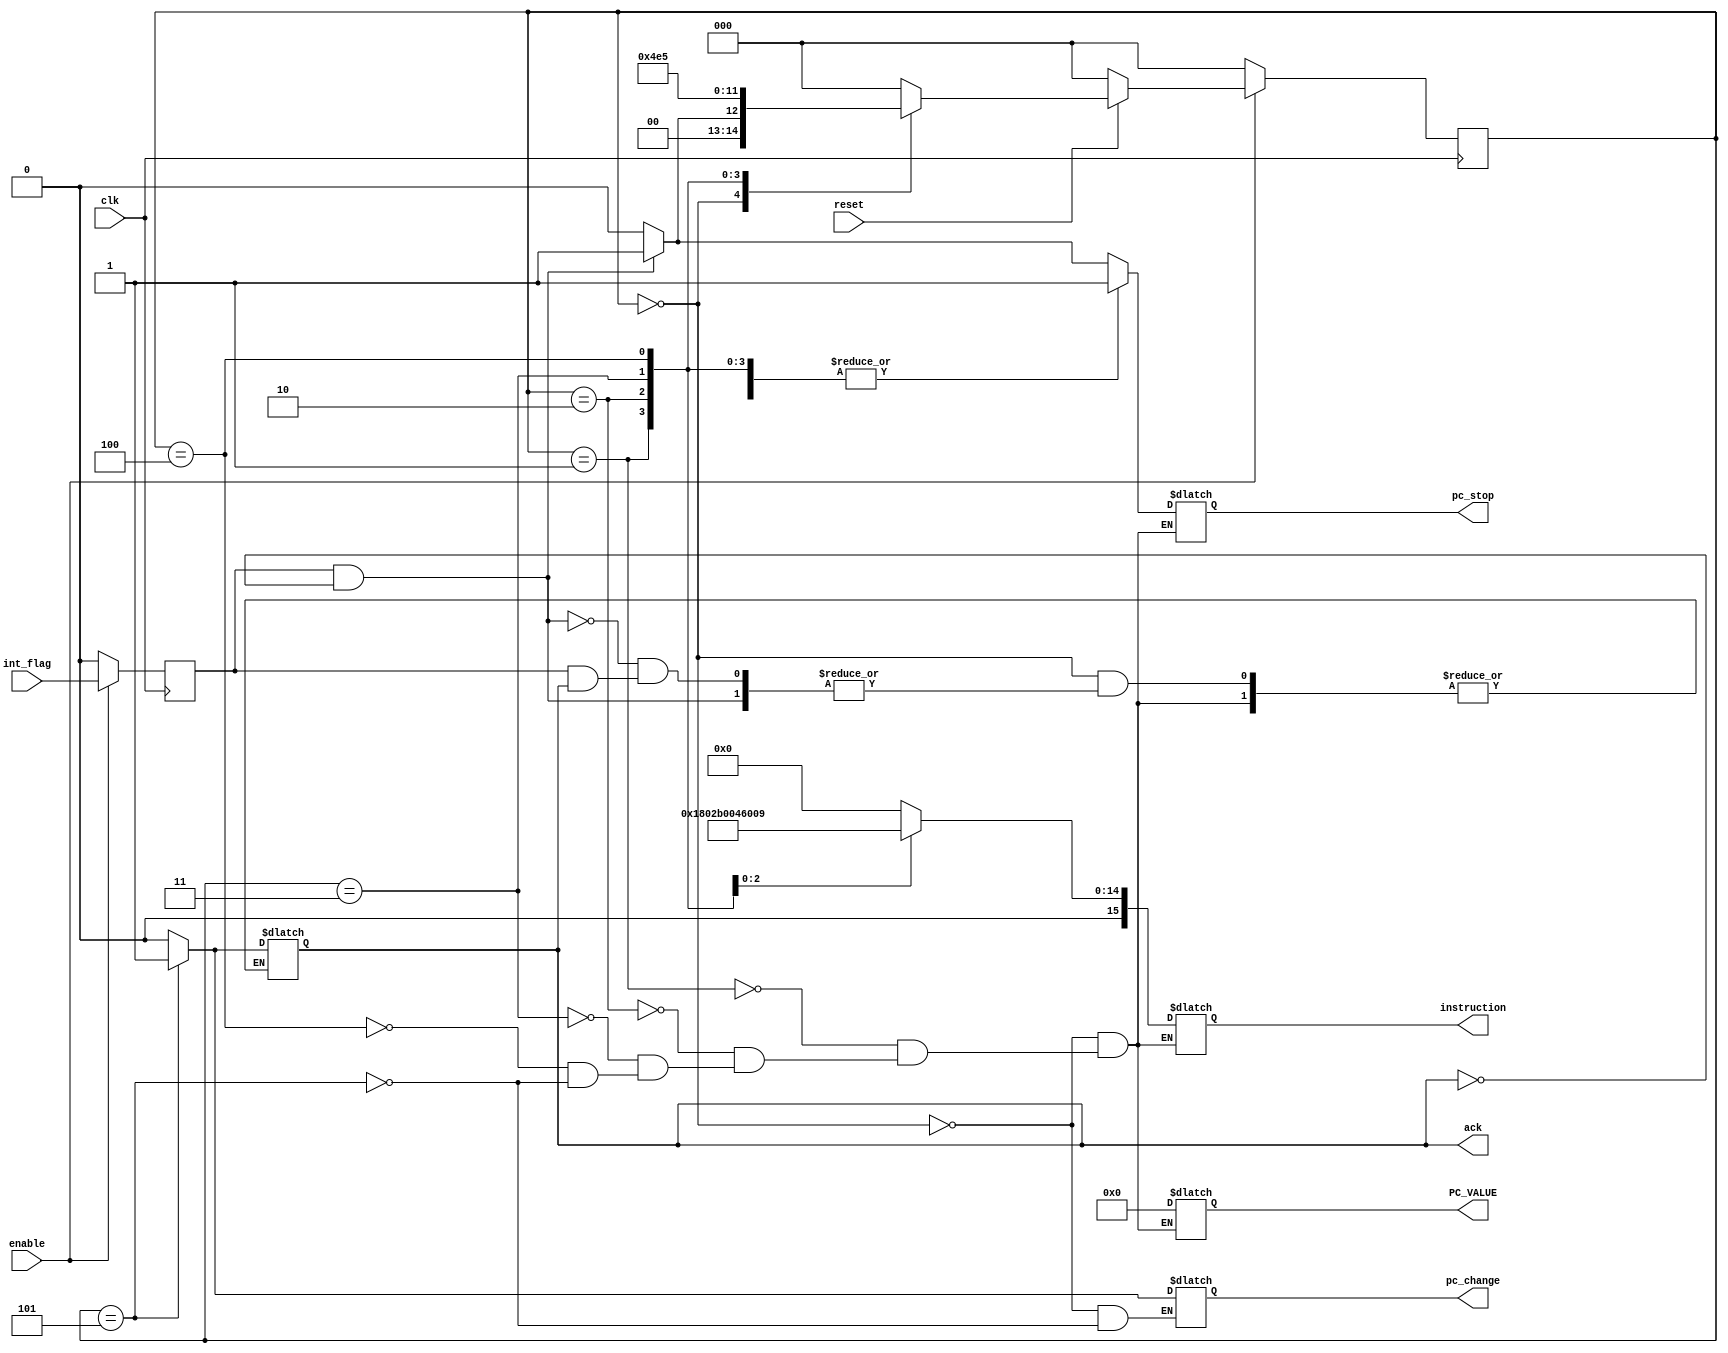
module ICU(int_flag, ack, pc_stop, instruction, PC_VALUE, clk, enable, reset, pc_change);

localparam NUM_STATES = 6;

localparam IDLE_STATE = 3'd0;
localparam STALL_1_STATE = 3'd1;
localparam PUSH_CCR_STATE = 3'd2;
localparam PUSH_PCL_STATE = 3'd3;
localparam PUSH_PCH_STATE = 3'd4;
localparam PC_CHANGE_STATE = 3'd5;

localparam NOP_OP = 16'b0000000000000000;
localparam PUSH_CCR_OP = 16'b0110000000001010;
localparam PUSH_PCL_OP = 16'b0110000000001000;
localparam PUSH_PCH_OP = 16'b0110000000001001;

input int_flag;
output reg ack;
output reg pc_stop;
output reg [15:0] instruction;
output reg [31:0] PC_VALUE;
output reg pc_change;

input clk, enable, reset;

reg int_flag_signal;

reg [2:0] state_reg;
reg [2:0] state_next;

/* [TODO] The user must clear the interrupt flag once the ack is fired! */

always @(posedge clk)
    begin
        if (enable == 1)
            begin
                int_flag_signal <= int_flag;

                if (reset == 0)
                    begin
                        state_reg <= IDLE_STATE;
                    end
                else
                    begin
                        state_reg <= state_next;
                    end
            end
        else
            begin
                state_reg <= IDLE_STATE;
                int_flag_signal <= 0;
            end        
    end

always @(state_reg, int_flag_signal)
    begin
        case (state_reg)
            IDLE_STATE:
                begin
                    pc_stop <= 1'b0;
                    instruction <= NOP_OP;
                    PC_VALUE <= 32'bz;
                    pc_change <= 0;

                    if ((int_flag_signal == 1) && (ack == 0))       /* This is a new interrupt! */
                        begin
                            pc_stop <= 1;
                            state_next <= STALL_1_STATE;
                        end
                    else if ((int_flag_signal == 1) && (ack == 1))  /* The user doesn't konw that ICU has already handled his interrupt! */
                        begin
                            state_next <= IDLE_STATE;
                        end
                    else /* The user realized that the interrupt is handled! */
                        begin
                            ack <= 0;
                            state_next <= IDLE_STATE;
                        end
                end
            STALL_1_STATE:
                begin
                    /* I need one pc_stop until last instruction write back the last update of CCR */
                    ack <= 0;
                    pc_stop <= 1;
                    instruction <= NOP_OP;
                    PC_VALUE <= 32'bz;
                    state_next <= PUSH_CCR_STATE;
                end
            PUSH_CCR_STATE:
                begin
                    ack <= 0;
                    pc_stop <= 1;
                    instruction <= PUSH_CCR_OP;
                    PC_VALUE <= 32'bz;
                    state_next <= PUSH_PCL_STATE;
                end
            PUSH_PCL_STATE:
                begin
                    ack <= 0;
                    pc_stop <= 1;
                    instruction <= PUSH_PCL_OP;
                    PC_VALUE <= 32'bz;
                    state_next <= PUSH_PCH_STATE;
                end
            PUSH_PCH_STATE:
                begin
                    ack <= 0;
                    pc_stop <= 1;
                    instruction <= PUSH_PCH_OP;
                    PC_VALUE <= 32'bz;
                    state_next <= PC_CHANGE_STATE;
                end
            PC_CHANGE_STATE:
                begin
                    ack <= 1;
                    pc_stop <= 1;
                    instruction <= NOP_OP;
                    PC_VALUE <= 32'b0;
                    state_next <= IDLE_STATE;
                    pc_change <= 1;
                end
            default:
                begin
                    state_next <= IDLE_STATE;
                end
        endcase
    end

endmodule